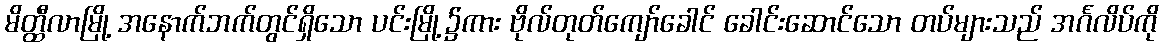
မိတ္ထီလာမြို့ အနောက်ဘက်တွင်ရှိသော ပင်းမြို့၌ကား ဗိုလ်တုတ်ကျော်ခေါင် ခေါင်းဆောင်သော တပ်များသည် အင်္ဂလိပ်ကို